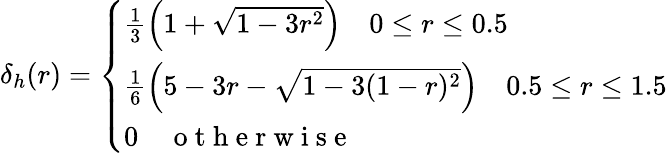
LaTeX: \delta_{h}(r)=\left\{ \begin{array}{ll}{\frac{1}{3}\left(1+\sqrt{1-3r^{2}}\right)\quad 0\leq r\leq 0.5}\\ {\frac{1}{6}\left(5-3r-\sqrt{1-3(1-r)^{2}}\right)\quad 0.5\leq r\leq 1.5}\\ {0\quad\mathrm{~o~t~h~e~r~w~i~s~e~}}\end{array}\right.